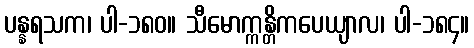
ပန္နရသက၊ ပါ-၁၈၀။ သီမောက္ကန္တိကပေယျာလ၊ ပါ-၁၈၄။